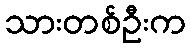
သားတစ်ဦးက